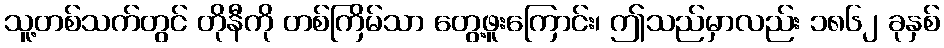
သူ့တစ်သက်တွင် တိုနီကို တစ်ကြိမ်သာ တွေ့ဖူးကြောင်း၊ ဤသည်မှာလည်း ၁၈၆၂ ခုနှစ်